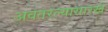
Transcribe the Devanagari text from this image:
अवतरल्यासारखे